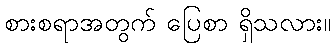
စားစရာအတွက် ပြေစာ ရှိသလား။